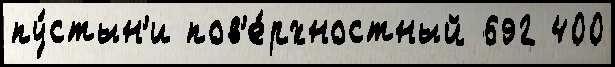
пу́стын'и пов'е́рхностный 692 400